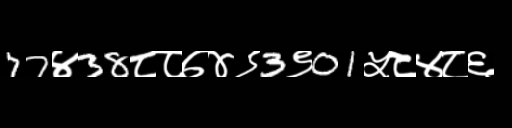
Text: 77४38८८७४९3९01५८४८६